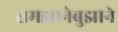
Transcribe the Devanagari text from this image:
समझानेबुझाने